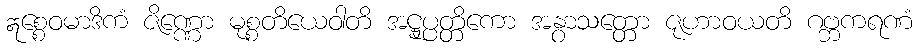
ဣစ္စေဝမာဒိကံ ဇိဏ္ဏော မုစ္စတိယေဝါတိ အဋ္ဌုပ္ပတ္တိကော အနွာသတ္တော ဇုဟာဝယတိ ဂဗ္ဘကရဏံ